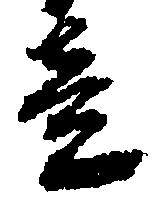
竟